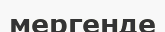
мергенде